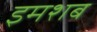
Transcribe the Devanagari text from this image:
इमशब